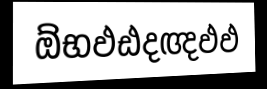
ඕභඵඪදඥඵඵ